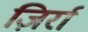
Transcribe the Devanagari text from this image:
ज़िर्रा